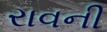
રાવની